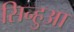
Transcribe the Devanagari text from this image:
सिन्हुआ